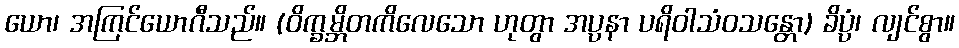
ယော၊ အကြင်ယောဂီသည်။ (ဝိက္ခမ္ဘိတကိလေသော ဟုတွာ အပ္ပနာ ပရိဝါသံဝသန္တော) ခိပ္ပံ၊ လျင်စွာ။